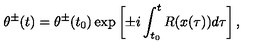
\theta ^ { \pm } ( t ) = \theta ^ { \pm } ( t _ { 0 } ) \exp \left[ \pm i \int _ { t _ { 0 } } ^ { t } R ( x ( \tau ) ) d \tau \right] ,